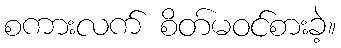
စကားလက် စိတ်မဝင်စားခဲ့။